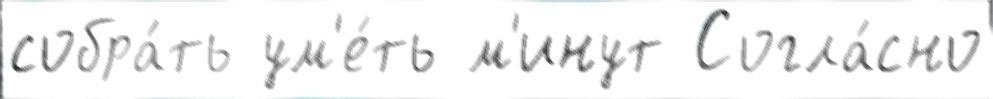
собра́ть ум'е́ть м'инут Согла́сно